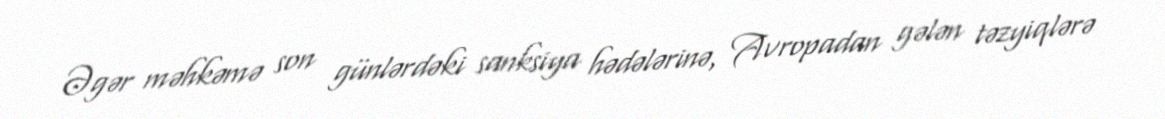
Əgər məhkəmə son günlərdəki sanksiya hədələrinə, Avropadan gələn təzyiqlərə